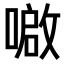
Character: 𫫤